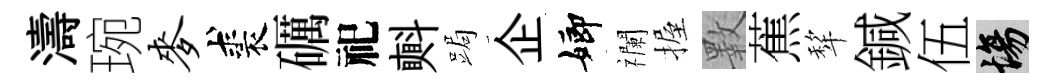
濤琬麦裘礪祀㪺跼企嫏襴握斁蕉犂鍼伍場